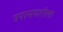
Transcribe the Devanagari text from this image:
उपासमारीला